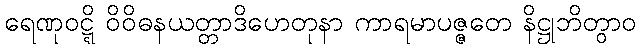
ရေဏုဝဋ္ဋိ ဝိဝိဓနယတ္တာဒိဟေတုနာ ကာရမာပဇ္ဇတေ နိဋ္ဌုဘိတွာဝ